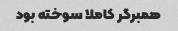
همبرگر کاملا سوخته بود